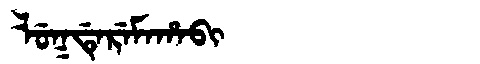
Manchu: ᠯᡠᡴᡩᡝᡵᡝᠮᠠᡥᠠᠪᡳ
Romanization: LUKDEREMAHABI